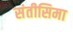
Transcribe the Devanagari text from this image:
संतीसिमा